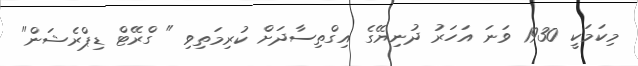
މިކަމަކީ 1930 ވަނަ އަހަރު ދުނިޔޭގެ އިގްތިސާދަށް ކުރިމަތިވި " ގްރޭޓް ޑިޕްރެޝަން"